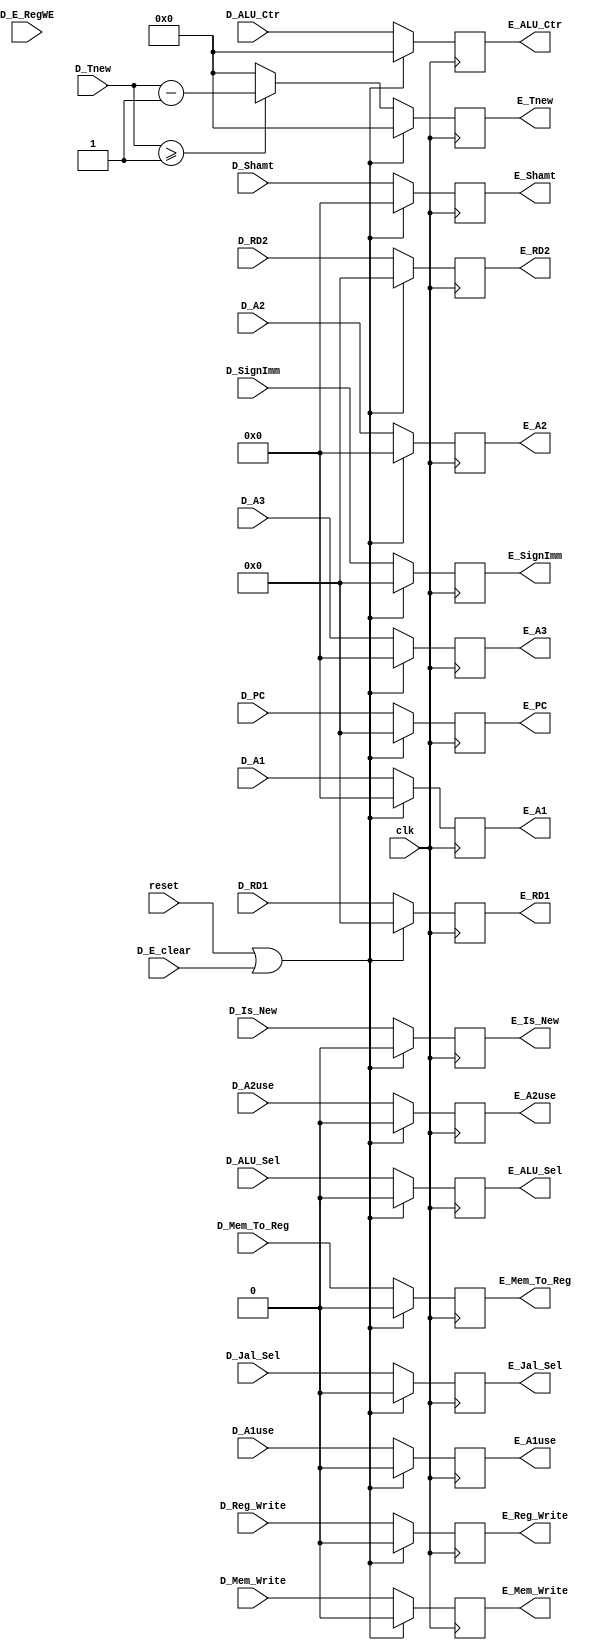
`timescale 1ns / 1ps
//////////////////////////////////////////////////////////////////////////////////
// Company: 
// Engineer: 
// 
// Design Name: 
// Module Name:    D_E 
// Project Name: 
// Target Devices: 
// Tool versions: 
// Description: 
//
// Dependencies: 
//
// Revision: 
// Revision 0.01 - File Created
// Additional Comments: 
//
//////////////////////////////////////////////////////////////////////////////////
module D_E(
    input clk,
    input reset,
    input D_E_RegWE,
    input D_E_clear,

    input [31:0] D_PC,//M_DM
    input D_Mem_Write,
    input D_Reg_Write,//W_GRF_Write
    input [31:0] D_SignImm,//Choose
    input D_Mem_To_Reg,
    input D_Jal_Sel,
    input D_ALU_Sel,
    input [3:0] D_Tnew,//Delay
    input [4:0] D_A3,
    input [4:0] D_A1,//Forwarding
    input [4:0] D_A2,
    input [31:0] D_RD1,//ALU
    input [31:0] D_RD2,
    input [4:0] D_Shamt,
	input [3:0] D_ALU_Ctr,
    input D_A1use,
    input D_A2use,
	input D_Is_New,

	output reg E_Is_New,
    output reg [31:0] E_PC,//M_DM
    output reg E_Mem_Write,
    output reg E_Reg_Write,//W_GRF_Write
    output reg [31:0] E_SignImm,//Choose
    output reg E_Mem_To_Reg,
    output reg E_Jal_Sel,
    output reg E_ALU_Sel,
    output reg [3:0] E_Tnew,//Delay
    output reg [4:0] E_A3,
    output reg [4:0] E_A1,//Forwarding
    output reg [4:0] E_A2,
    output reg [31:0] E_RD1,//ALU
    output reg [31:0] E_RD2,
    output reg [4:0] E_Shamt,
	output reg [3:0] E_ALU_Ctr,
    output reg E_A1use,
    output reg E_A2use
    );

    always @(posedge clk) begin
        if(reset == 1 || D_E_clear == 1)begin
            E_PC <= 0;
            E_Mem_Write <= 0;
            E_Reg_Write <= 0;
            E_SignImm <= 0;
            E_Mem_To_Reg <= 0;
            E_Jal_Sel <= 0;
            E_ALU_Sel <= 0;
            E_Tnew <= 0;
            E_A3 <= 0;
            E_A1 <= 0;
            E_A2 <= 0;
            E_RD1 <= 0;
            E_RD2 <= 0;
            E_Shamt <= 0;
            E_ALU_Ctr <= 0;
            E_A1use <= 0;
            E_A2use <= 0;
			E_Is_New <= 0;
        end
        else begin
            E_PC <= D_PC;
            E_Mem_Write <= D_Mem_Write;
            E_Reg_Write <= D_Reg_Write;
            E_SignImm <= D_SignImm;
            E_Mem_To_Reg <= D_Mem_To_Reg;
            E_Jal_Sel <= D_Jal_Sel;
            E_ALU_Sel <= D_ALU_Sel;
            if(D_Tnew >= 1)begin
                E_Tnew <= D_Tnew-1;
            end
            else E_Tnew <= 0;
            E_A3 <= D_A3;
            E_A1 <= D_A1;
            E_A2 <= D_A2;
            E_RD1 <= D_RD1;
            E_RD2 <= D_RD2;
            E_Shamt <= D_Shamt;
            E_ALU_Ctr <= D_ALU_Ctr;
            E_A1use <= D_A1use;
            E_A2use <= D_A2use;
			E_Is_New <= D_Is_New;
       end
    end

endmodule